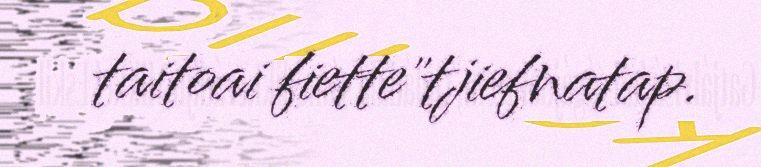
taitoai fiette"tjiefnatap.